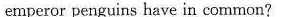
emperor penguins have in common?